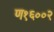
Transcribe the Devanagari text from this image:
ण१६००२